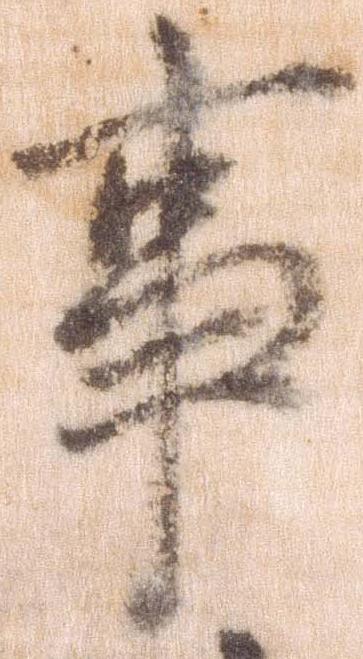
事